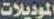
الموديلات